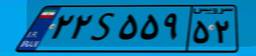
۲۲S۵۵۹۵۲